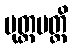
ပုတ္တမတ္ထိ